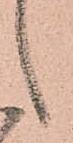
候